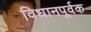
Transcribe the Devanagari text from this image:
विधानपूर्वक